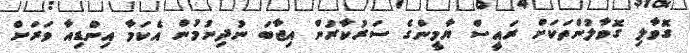
ގޮވާލި ގޮވާލުންތަކަށް ރައީސް ޔާމީންގެ ސަރުކާރުން އިޖާބަ ނުދިނުމުން އެކަމާ އިންޑިއާ ވަރަށް